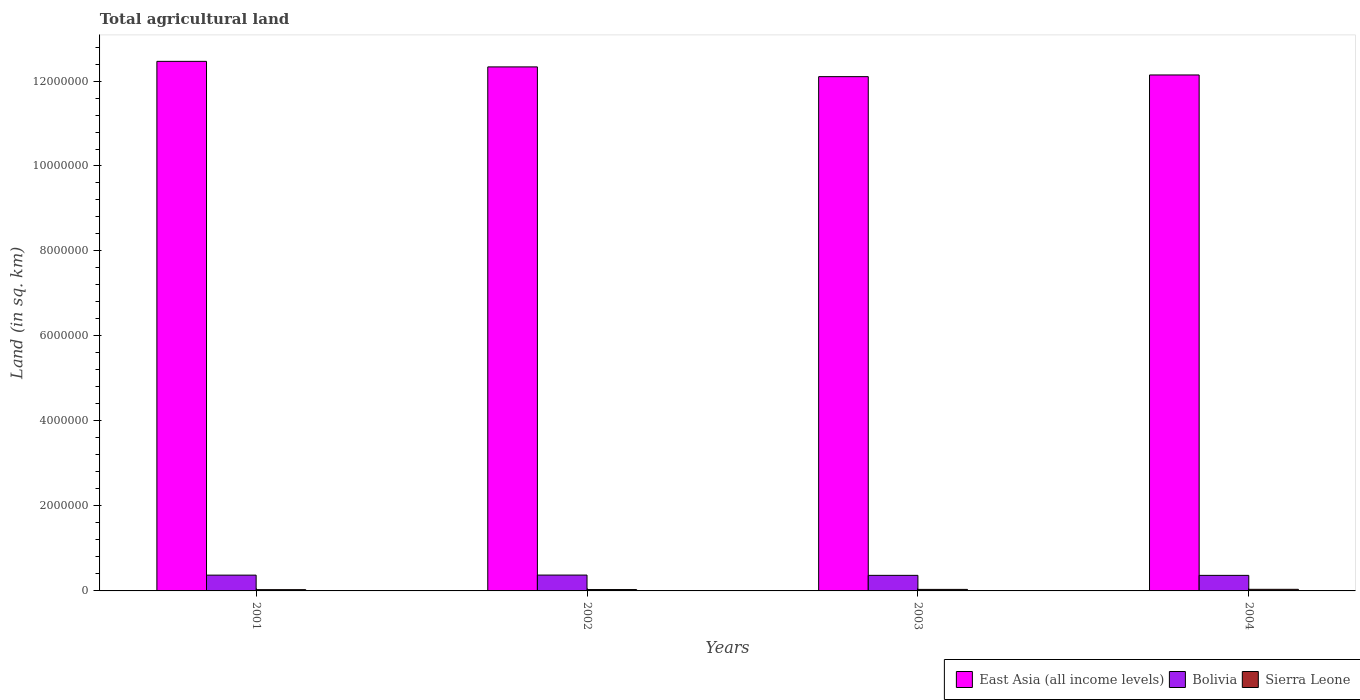
| Years | East Asia (all income levels) | Bolivia | Sierra Leone |
 | --- | --- | --- | --- |
 | 2001 | 1.25e+07 | 3.72e+05 | 3e+04 |
 | 2002 | 1.23e+07 | 3.73e+05 | 3.23e+04 |
 | 2003 | 1.21e+07 | 3.66e+05 | 3.57e+04 |
 | 2004 | 1.21e+07 | 3.66e+05 | 3.77e+04 |